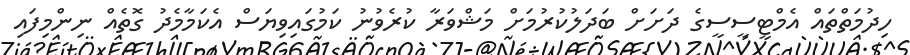
ހިދުމަތްތައް އެމްޓީސީސީގެ ދަށަށް ބަދަލުކުރުމަށް މަޝްވަރާ ކުރެވުނު ކަމުގައިވިޔަސް އެކަމާމެދު ގޮތެއް ނިންމިފައި